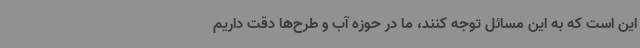
این است که به این مسائل توجه کنند، ما در حوزه آب و طرح‌ها دقت داریم